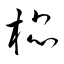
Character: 棍